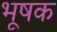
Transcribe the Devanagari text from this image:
भूषक